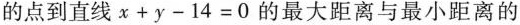
的点到直线$$x+y-14=0$$的最大距离与最小距离的